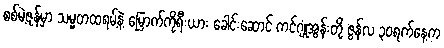
စစ်မဲ့ဇုန်မှာ သမ္မတထရမ့်နဲ့ မြောက်ကိုရီးယား ခေါင်းဆောင် ကင်ဂျုံအွန်းတို့ ဇွန်လ ၃ဝရက်နေ့က